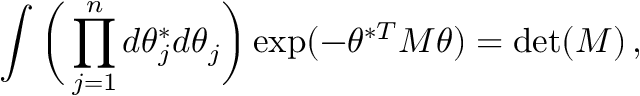
\int \bigg ( \prod _ { j = 1 } ^ { n } d \theta _ { j } ^ { * } d \theta _ { j } \bigg ) \exp ( - \theta ^ { * T } M \theta ) = \operatorname* { d e t } ( M ) \, ,